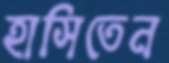
হাসিতেন